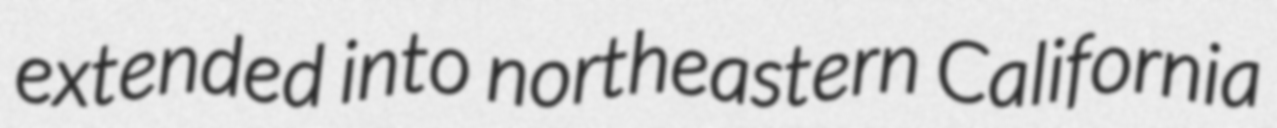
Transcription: extended into northeastern California